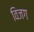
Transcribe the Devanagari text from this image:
विजग